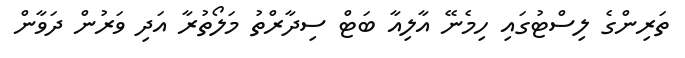
ތަރިންގެ ލިސްޓުގައި ހިމެނޭ އާލިއާ ބަޓް ސިދާރްތު މަލޯތުރާ އަދި ވަރުން ދަވާން